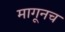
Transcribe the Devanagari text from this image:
मागूनच